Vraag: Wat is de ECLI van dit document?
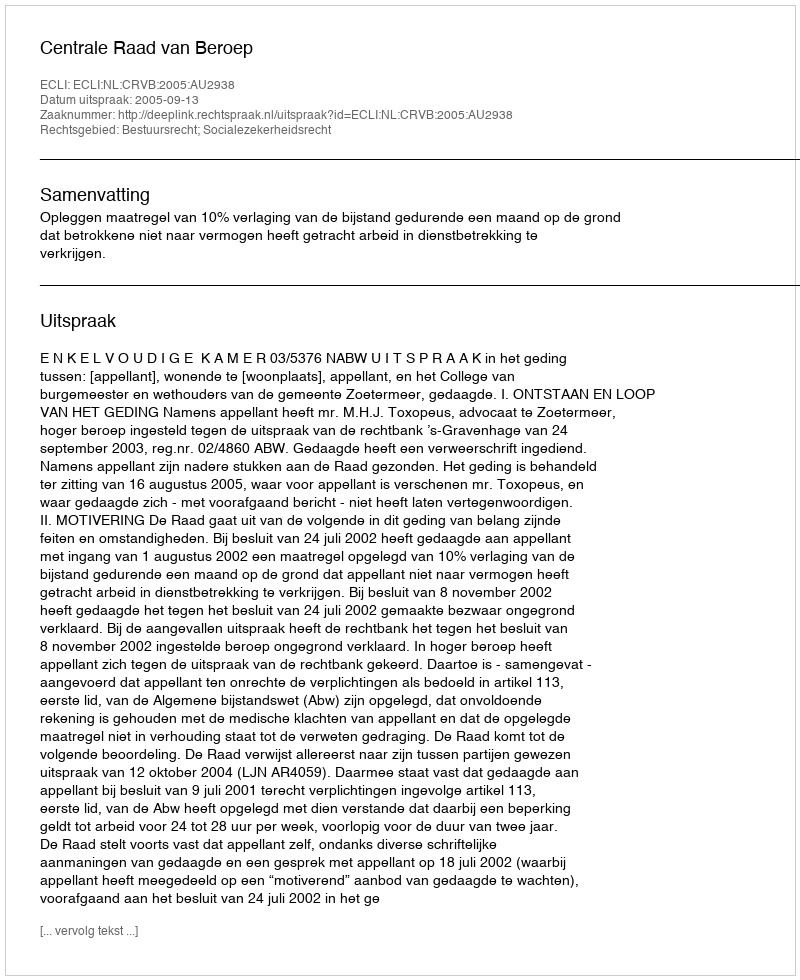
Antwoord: ECLI:NL:CRVB:2005:AU2938